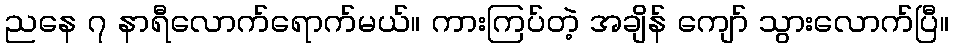
ညနေ ၇ နာရီလောက်ရောက်မယ်။ ကားကြပ်တဲ့ အချိန် ကျော် သွားလောက်ပြီ။